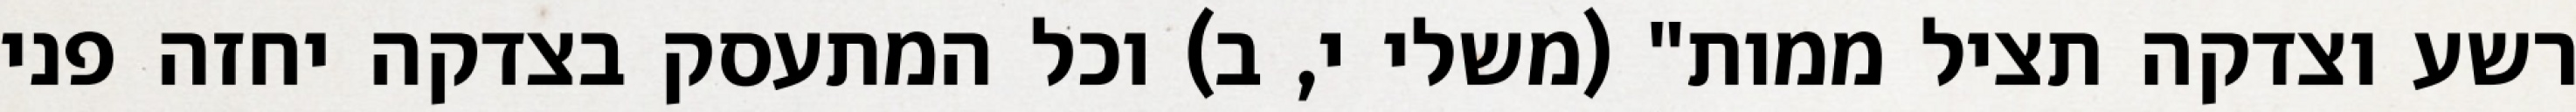
רשע וצדקה תציל ממות" (משלי י, ב) וכל המתעסק בצדקה יחזה פני